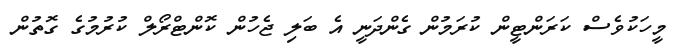
މީހަކުވެސް ކަރަންޓީން ކުރަމުން ގެންދަނީ އެ ބަލި ޖެހުން ކޮންޓްރޯލް ކުރުމުގެ ގޮތުން